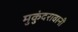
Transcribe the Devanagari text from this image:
मुकुंदरावानी